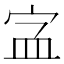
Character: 𡧾